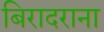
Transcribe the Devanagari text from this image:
बिरादराना